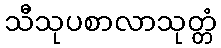
သီသုပစာလာသုတ္တံ